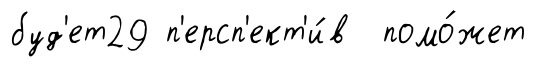
буд'ет29 п'ерсп'ект'и́в помо́жет